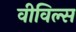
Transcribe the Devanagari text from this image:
वीविल्स